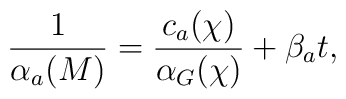
\frac{1}{\alpha_a(M)} =\frac{c_a(\chi)}{\alpha_G(\chi)} + \beta_a t,